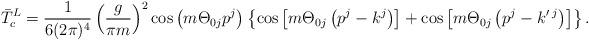
LaTeX: \begin{align*}{\bar T}^L_c = \frac{1}{6 (2\pi)^4} \left(\frac{g}{\pi m}\right)^2\cos\left(m \Theta_{0j} p^j\right)\left\{\cos\left[m \Theta_{0j} \left(p^j - k^j\right)\right]+ \cos\left[m \Theta_{0j} \left(p^j-k'\,^j \right)\right]\right\}.\end{align*}